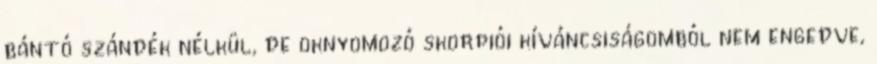
bántó szándék nélkül, de oknyomozó skorpiói kíváncsiságomból nem engedve,